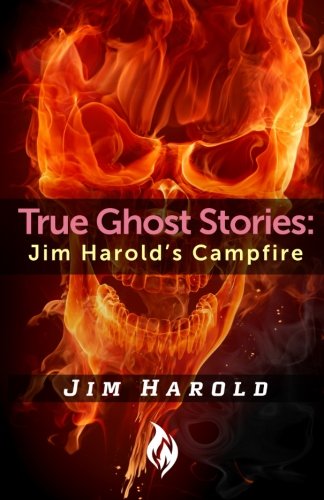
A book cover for True Ghost Stories: Jim Harold's Campfire 1 (Volume 1); Jim Harold; Religion & Spirituality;